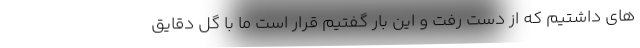
های داشتیم که از دست رفت و این بار گفتیم قرار است ما با گل دقایق